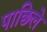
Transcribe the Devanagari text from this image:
पाछिले